Calcutta medical institutions reports 1879-81 [i.e.91]
Year: 1879
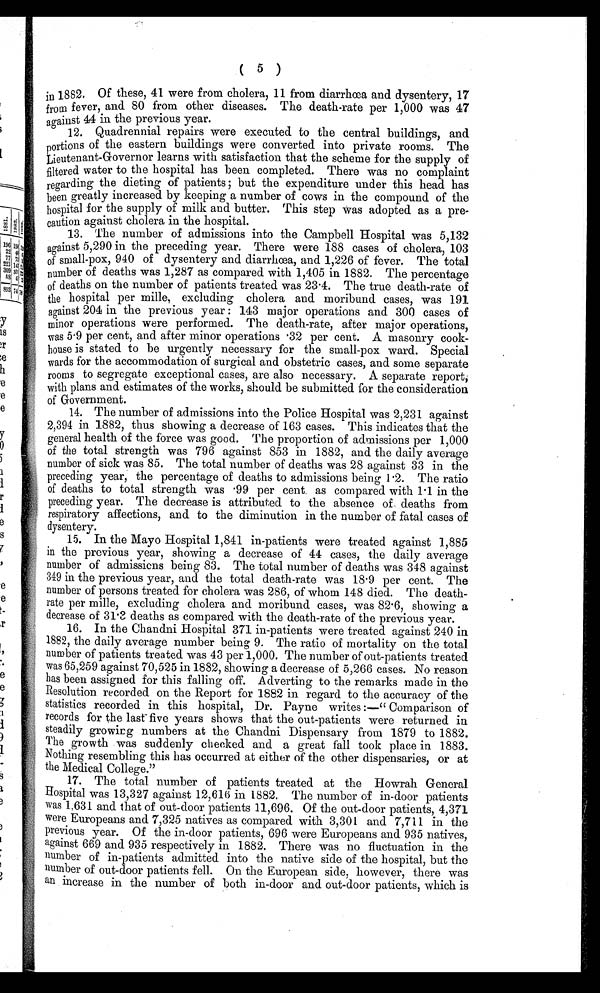
( 5 )
in 1882. Of these, 41 were from cholera, 11 from diarrhœa and dysentery, 17
from fever, and 80 from other diseases. The death-rate per 1,000 was 47
against 44 in the previous year.
12. Quadrennial repairs were executed to the central buildings, and
portions of the eastern buildings were converted into private rooms. The
Lieutenant-Governor learns with satisfaction that the scheme for the supply of
filtered water to the hospital has been completed. There was no complaint
regarding the dieting of patients ; but the expenditure under this head has
been greatly increased by keeping a number of cows in the compound of the
hospital for the supply of milk and butter. This step was adopted as a pre-
caution against cholera in the hospital.
13. The number of admissions into the Campbell Hospital was 5,132
against 5,290 in the preceding year. There were 188 cases of cholera, 103
of small-pox, 940 of dysentery and diarrhœa, and 1,226 of fever. The total
number of deaths was 1,287 as compared with 1,405 in 1882. The percentage
of deaths on the number of patients treated was 23.4. The true death-rate of
the hospital per mille, excluding cholera and moribund cases, was 191
against 204 in the previous year : 143 major operations and 300 cases of
minor operations were performed. The death-rate, after major operations,
was 5.9 per cent, and after minor operations .32 per cent. A masonry cook-
house is stated to be urgently necessary for the small-pox ward. Special
wards for the accommodation of surgical and obstetric cases, and some separate
rooms to segregate exceptional cases, are also necessary. A separate report,
with plans and estimates of the works, should be submitted for the consideration
of Government.
14. The number of admissions into the Police Hospital was 2,231 against
2,394 in 1882, thus showing a decrease of 163 cases. This indicates that the
general health of the force was good. The proportion of admissions per 1,000
of the total strength was 796 against 853 in 1882, and the daily average
number of sick was 85. The total number of deaths was 28 against 33 in the
preceding year, the percentage of deaths to admissions being 1.2. The ratio
of deaths to total strength was .99 per cent, as compared with 1.1 in the
preceding year. The decrease is attributed to the absence of deaths from
respiratory affections, and to the diminution in the number of fatal cases of
dysentery.
15. In the Mayo Hospital 1,841 in-patients were treated against 1,885
in the previous year, showing a decrease of 44 cases, the daily average
number of admissions being 83. The total number of deaths was 348 against
349 in the previous year, and the total death-rate was 18.9 per cent. The
number of persons treated for cholera was 286, of whom 148 died. The death-
rate per mille, excluding cholera and moribund cases, was 82.6, showing a
decrease of 31.3 deaths as compared with the death-rate of the previous year.
16. In the Chandni Hospital 371 in-patients were treated against 240 in
1882, the daily average number being 9. The ratio of mortality on the total
number of patients treated was 43 per 1,000. The number of out-patients treated
was 65,259 against 70,525 in 1882, showing a decrease of 5,266 cases. No reason
has been assigned for this falling off. Adverting to the remarks made in the
Resolution recorded on the Report for 1882 in regard to the accuracy of the
statistics recorded in this hospital, Dr. Payne writes :—"Comparison of
records for the last five years shows that the out-patients were returned in
steadily growing numbers at the Chandni Dispensary from 1879 to 1882.
The growth was suddenly checked and a great fall took place in 1883.
Nothing resembling this has occurred at either of the other dispensaries, or at
the Medical College."
17. The total number of patients treated at the Howrah General
Hospital was 13,327 against 12,616 in 1882. The number of in-door patients
was 1,631 and that of out-door patients 11,696. Of the out-door patients, 4,371
were Europeans and 7,325 natives as compared with 3,301 and 7,711 in the
previous year. Of the in-door patients, 696 were Europeans and 935 natives,
against 669 and 935 respectively in 1882. There was no fluctuation in the
number of in-patients admitted into the native side of the hospital, but the
number of out-door patients fell. On the European side, however, there was
an increase in the number of both in-door and out-door patients, which is